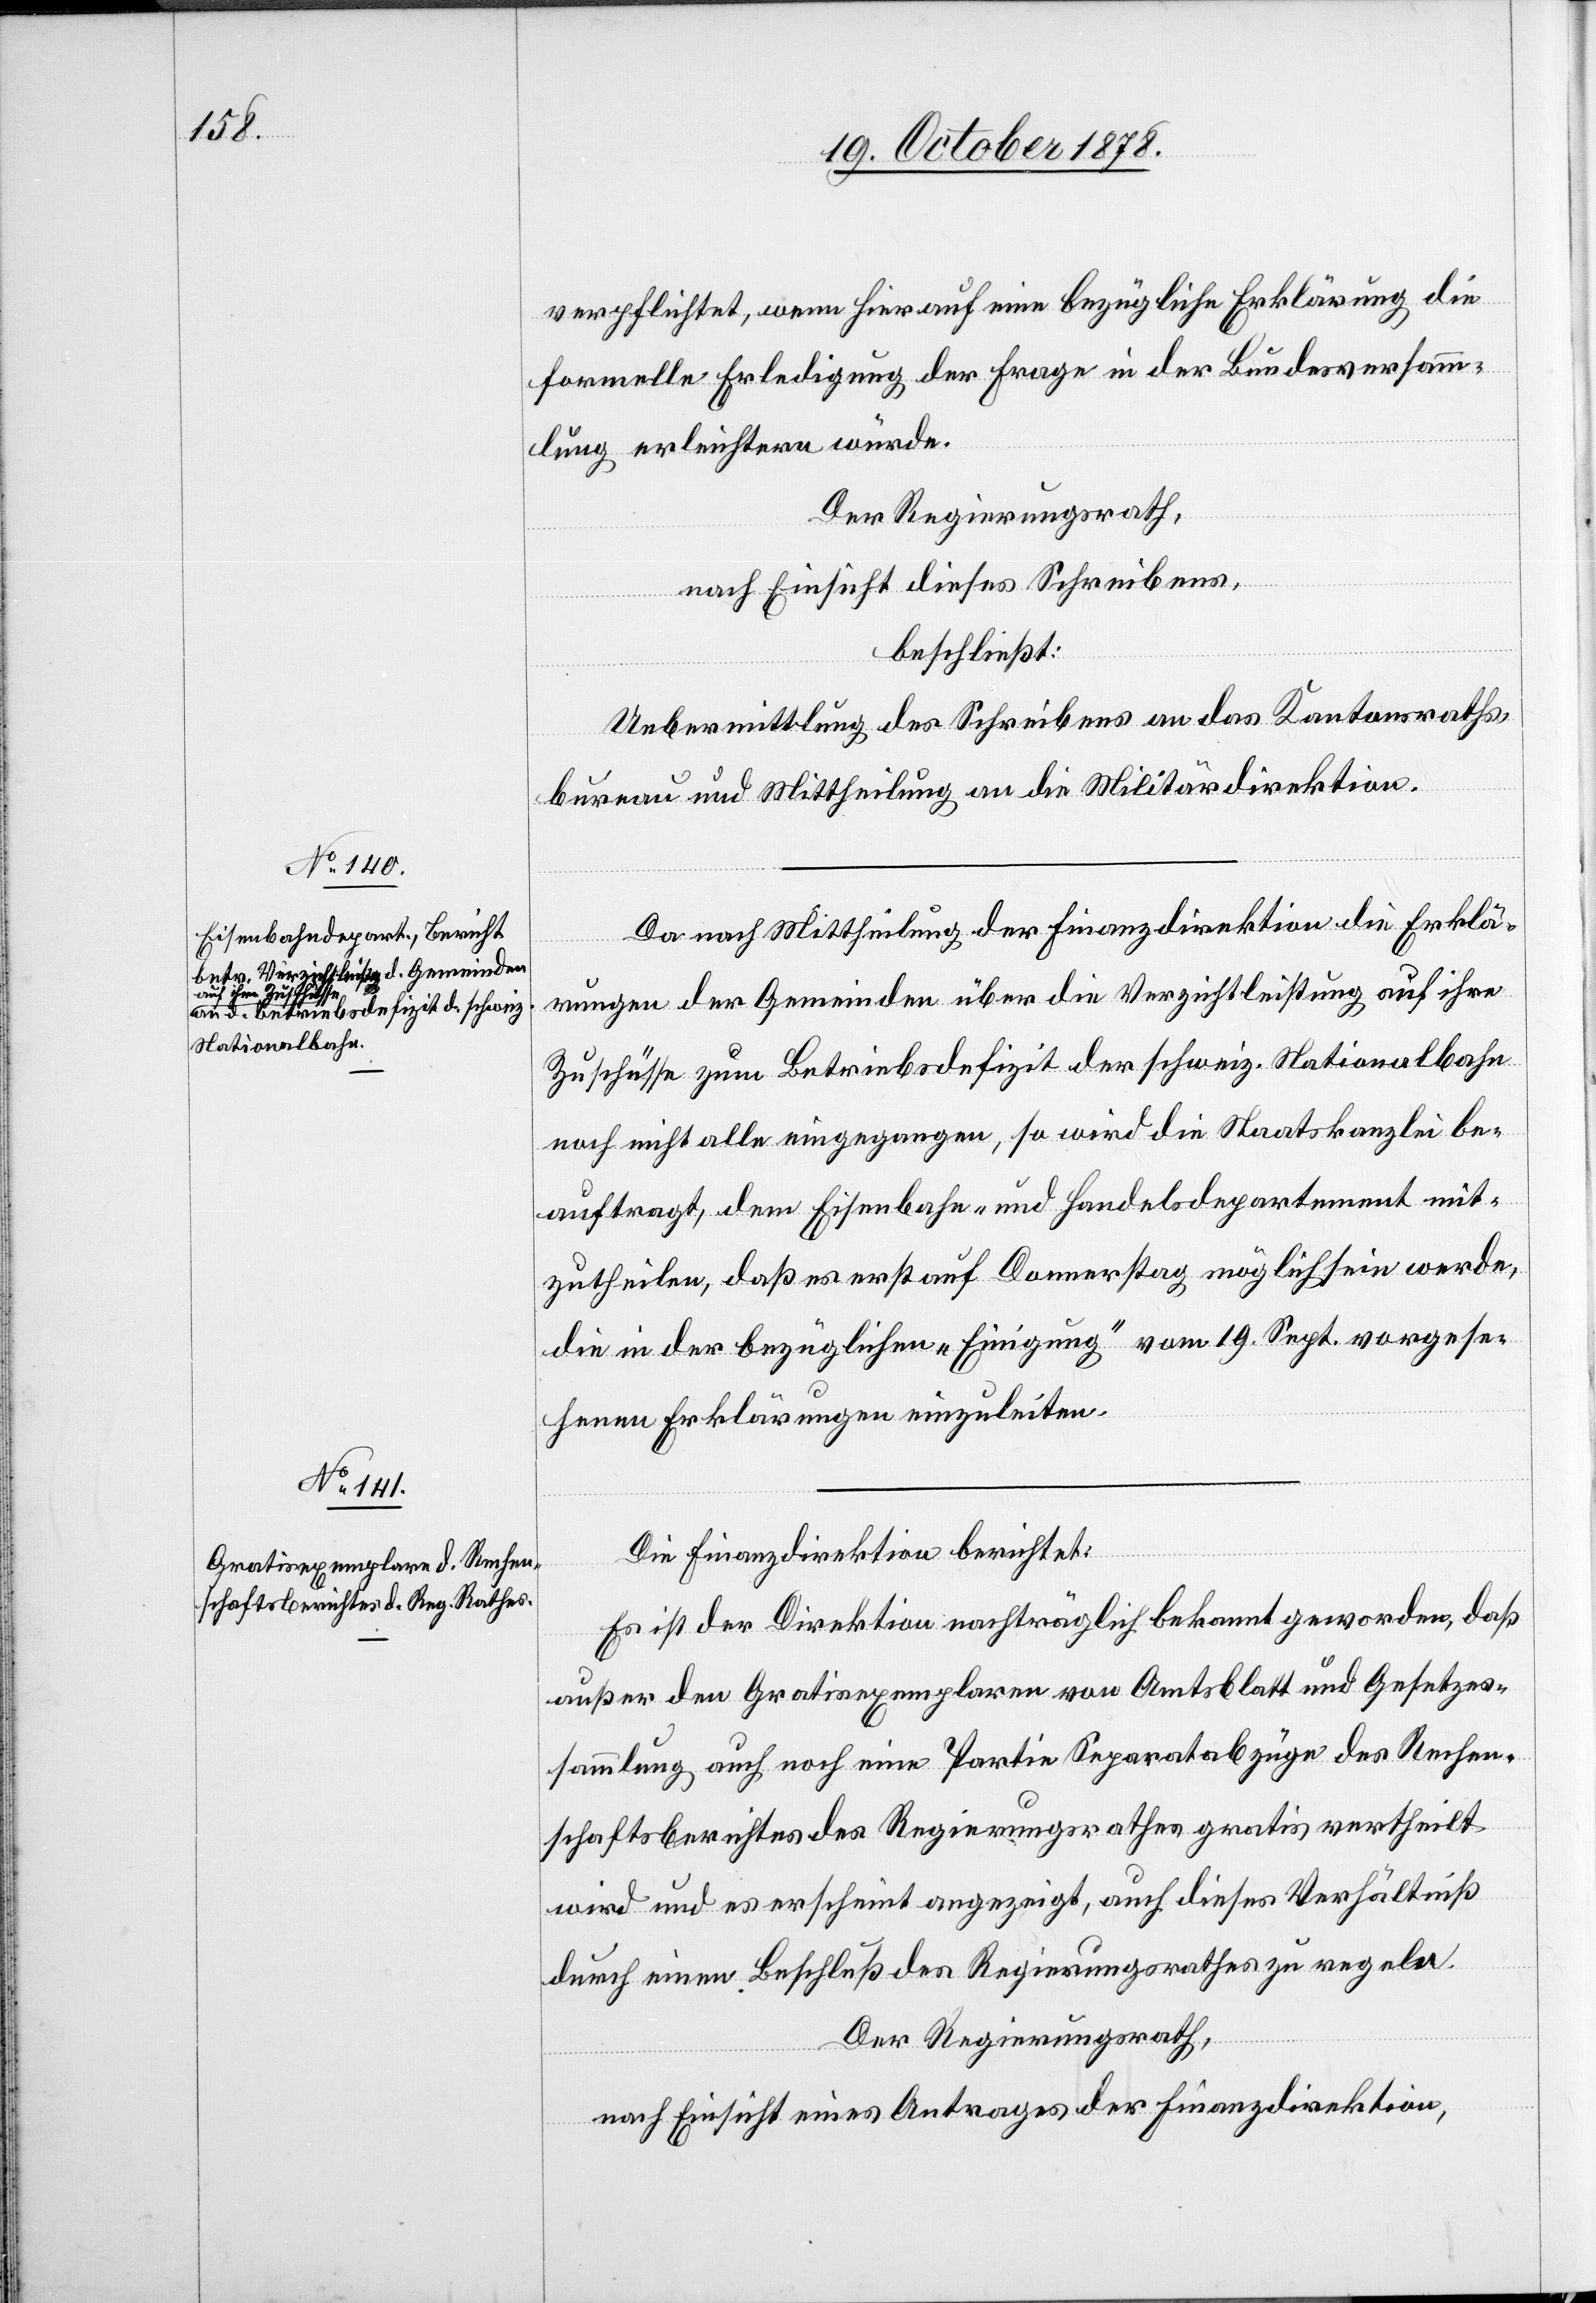
verpflichtet, wenn hierauf eine bezügliche Erklärung die
formelle Erledigung der Frage in der Bundesversamm¬
lung erleichtern würde.
Der Regierungsrath,
nach Einsicht dieses Schreibens,
beschließt:
Uebermittlung des Schreibens an das Kantonsrath¬
bureau und Mittheilung an die Militärdirektion.
Da nach Mittheilung der Finanzdirektion die Erklä¬
rungen der Gemeinden über die Verzichtleistung auf ihre
Zuschüsse zum Betriebsdefizit der schweiz. Nationalbahn
noch nicht alle eingegangen, so wird die Staatskanzlei be¬
auftragt, dem Eisenbahn- und Handelsdepartement mit¬
zutheilen, daß es erst auf Donnerstag möglich sein werde,
die in der bezüglichen „Einigung“ vom 19. Sept. vorgese¬
henen Erklärungen einzuleiten.
Die Finanzdirektion berichtet:
Es ist der Direktion nachträglich bekannt geworden, daß
außer den Gratisexemplaren von Amtsblatt und Gesetzes¬
sammlung auch noch eine Partie Separatabzüge des Rechen¬
schaftsberichtes des Regierungsrathes gratis vertheilt
wird und es erscheint angezeigt, auch dieses Verhältniß
durch einen Beschluß des Regierungsrathes zu regeln.
Der Regierungsrath,
nach Einsicht eines Antrages der Finanzdirektion,